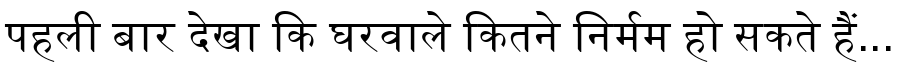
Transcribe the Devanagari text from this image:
पहली बार देखा कि घरवाले कितने निर्मम हो सकते हैं...